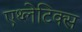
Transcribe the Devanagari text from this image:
एथ्लेटिक्स